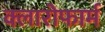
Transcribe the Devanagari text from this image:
क्लारोफार्म